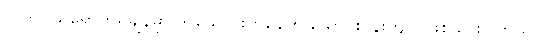
လက်ဝယ်ရောက်ရှိချိန်မှာ ၆ သောင်းကနေ ၈ သောင်းဝန်းကျင် ဖြစ်သွားပါတယ်။